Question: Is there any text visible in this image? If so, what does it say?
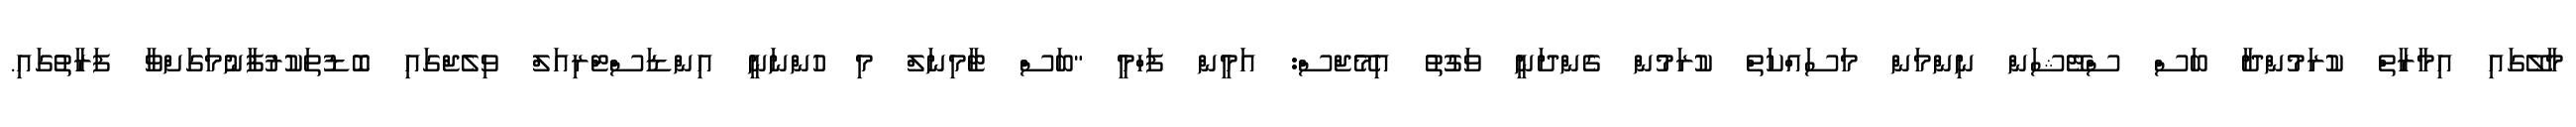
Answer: މާލޭގައި އިމާރާތް ކުރަމުންދާ ބަސް ސްޓޭޝަން ނިންމަން މަސައްކަތް ކުރަމުން ގެންދަނީ ވަގުތު އިމޭޖްސް: އަމީން ފަހްމީ "ބަސް ޓާމިނަލް މި ހުންނަނީ އިންޑަސްޓްރިއަލް ވިލެޖްގައި ބޮޑުތަކުރުފާނުމަގަށްވާ ފަރާތުގައި.